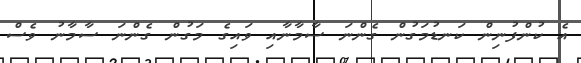
އެ ކުންފުނިން ކަނޑުމަގުން ގެންނަ ސާމާނާއި ވައިގެ މަގުން ގެންނަ ސާމާނު ވެސް